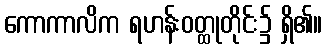
ကောကာလိက ရဟန်းဝတ္ထုတိုင်း၌ ရှိ၏။